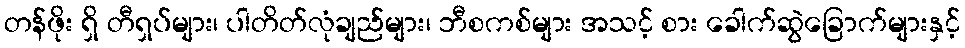
တန်ဖိုး ရှိ တီရှပ်များ၊ ပါတိတ်လုံချည်များ၊ ဘီစကစ်များ အသင့် စား ခေါက်ဆွဲခြောက်များနှင့်